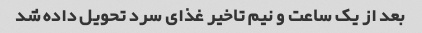
بعد از یک ساعت و نیم تاخیر غذای سرد تحویل داده شد